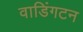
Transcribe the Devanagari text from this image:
वाडिंगटन